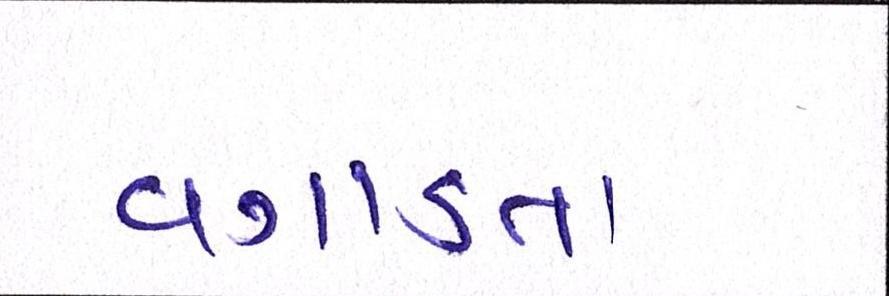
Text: વગાડતા